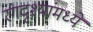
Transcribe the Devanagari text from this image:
रंगदृश्यांमध्ये